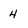
Character: 4